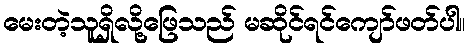
မေးတဲ့သူရှိလို့ဖြေသည် မဆိုင်ရင်ကျော်ဖတ်ပါ။